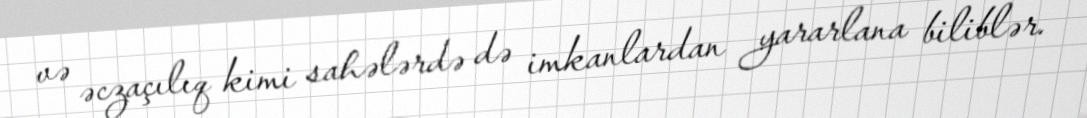
və əczaçılıq kimi sahələrdə də imkanlardan yararlana biliblər.